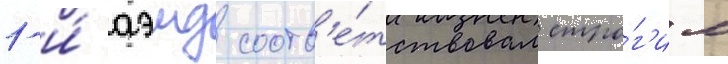
1-и́ аэмд соотв'е́тствовал стро́г'им